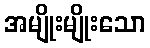
အမျိုးမျိုးသော